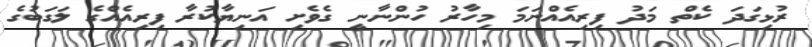
ރުޅިގަދަ ކެތް މަދު ފިރިއެއްނަމަ މިހާރު ހުންނާނީ ގެވެށި އަނިޔާކުރާ ފިރިއެއްގެ ލަގަބުގެ